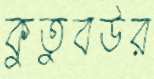
কুতুবউর